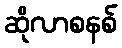
ဆိုလာစနစ်